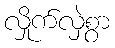
လှိုက်လှဲစွာ